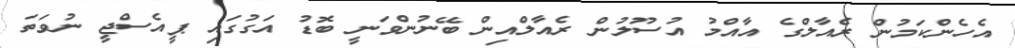
އެހެންކަމުން ރެއާލްގެ އާއްމު އުސޫލުން ރެއާލްއިން ބޭނުންވަނީ ބޮޑު އަގުގައި ޕީއެސްޖީ ނުވަތަ